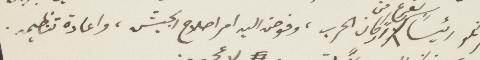
فرنكو رئيسَا لفرع من اركان الحرب، وفوض اليه امر اصلاح الجيش، واعادة تنظيمه